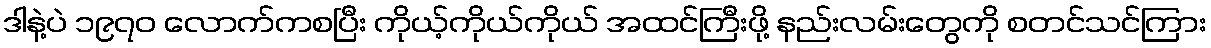
ဒါနဲ့ပဲ ၁၉၇၀ လောက်ကစပြီး ကိုယ့်ကိုယ်ကိုယ် အထင်ကြီးဖို့ နည်းလမ်းတွေကို စတင်သင်ကြား